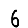
Digit: 6